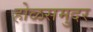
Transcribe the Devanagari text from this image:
होळसमुदर